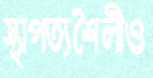
স্থাপত্যশৈলীও